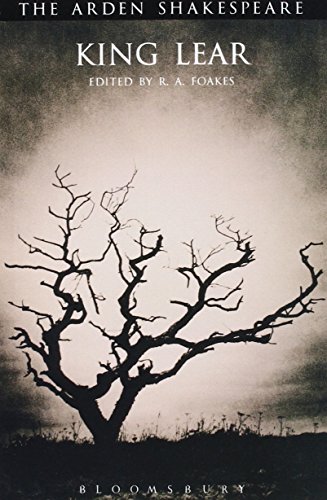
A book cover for King Lear (Arden Shakespeare: Third Series); William Shakespeare; Literature & Fiction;